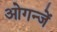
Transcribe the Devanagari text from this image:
ओगन्जें